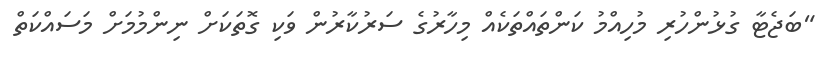
"ބަޖެޓާ ގުޅުންހުރި މުހިއްމު ކަންތައްތަކެއް މިހާރުގެ ސަރުކާރުން ވަކި ގޮތަކަށް ނިންމުމަށް މަސައްކަތް